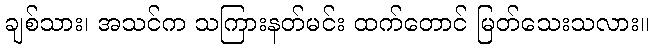
ချစ်သား၊ အသင်က သကြားနတ်မင်း ထက်တောင် မြတ်သေးသလား။